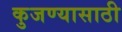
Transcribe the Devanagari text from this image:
कुजण्यासाठी